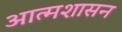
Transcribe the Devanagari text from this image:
आत्मशासन